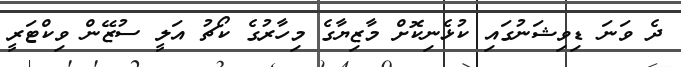
ދެ ވަނަ ޑިވިޝަނުގައި ކުޅެނިކޮށް މާޒިޔާގެ މިހާރުގެ ކޯޗު އަލީ ސުޒޭން ވިކްޓަރީ